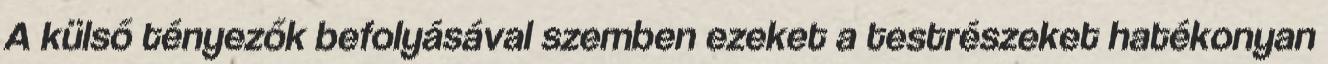
A külső tényezők befolyásával szemben ezeket a testrészeket hatékonyan